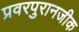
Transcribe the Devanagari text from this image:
प्रवरपुरानजीक